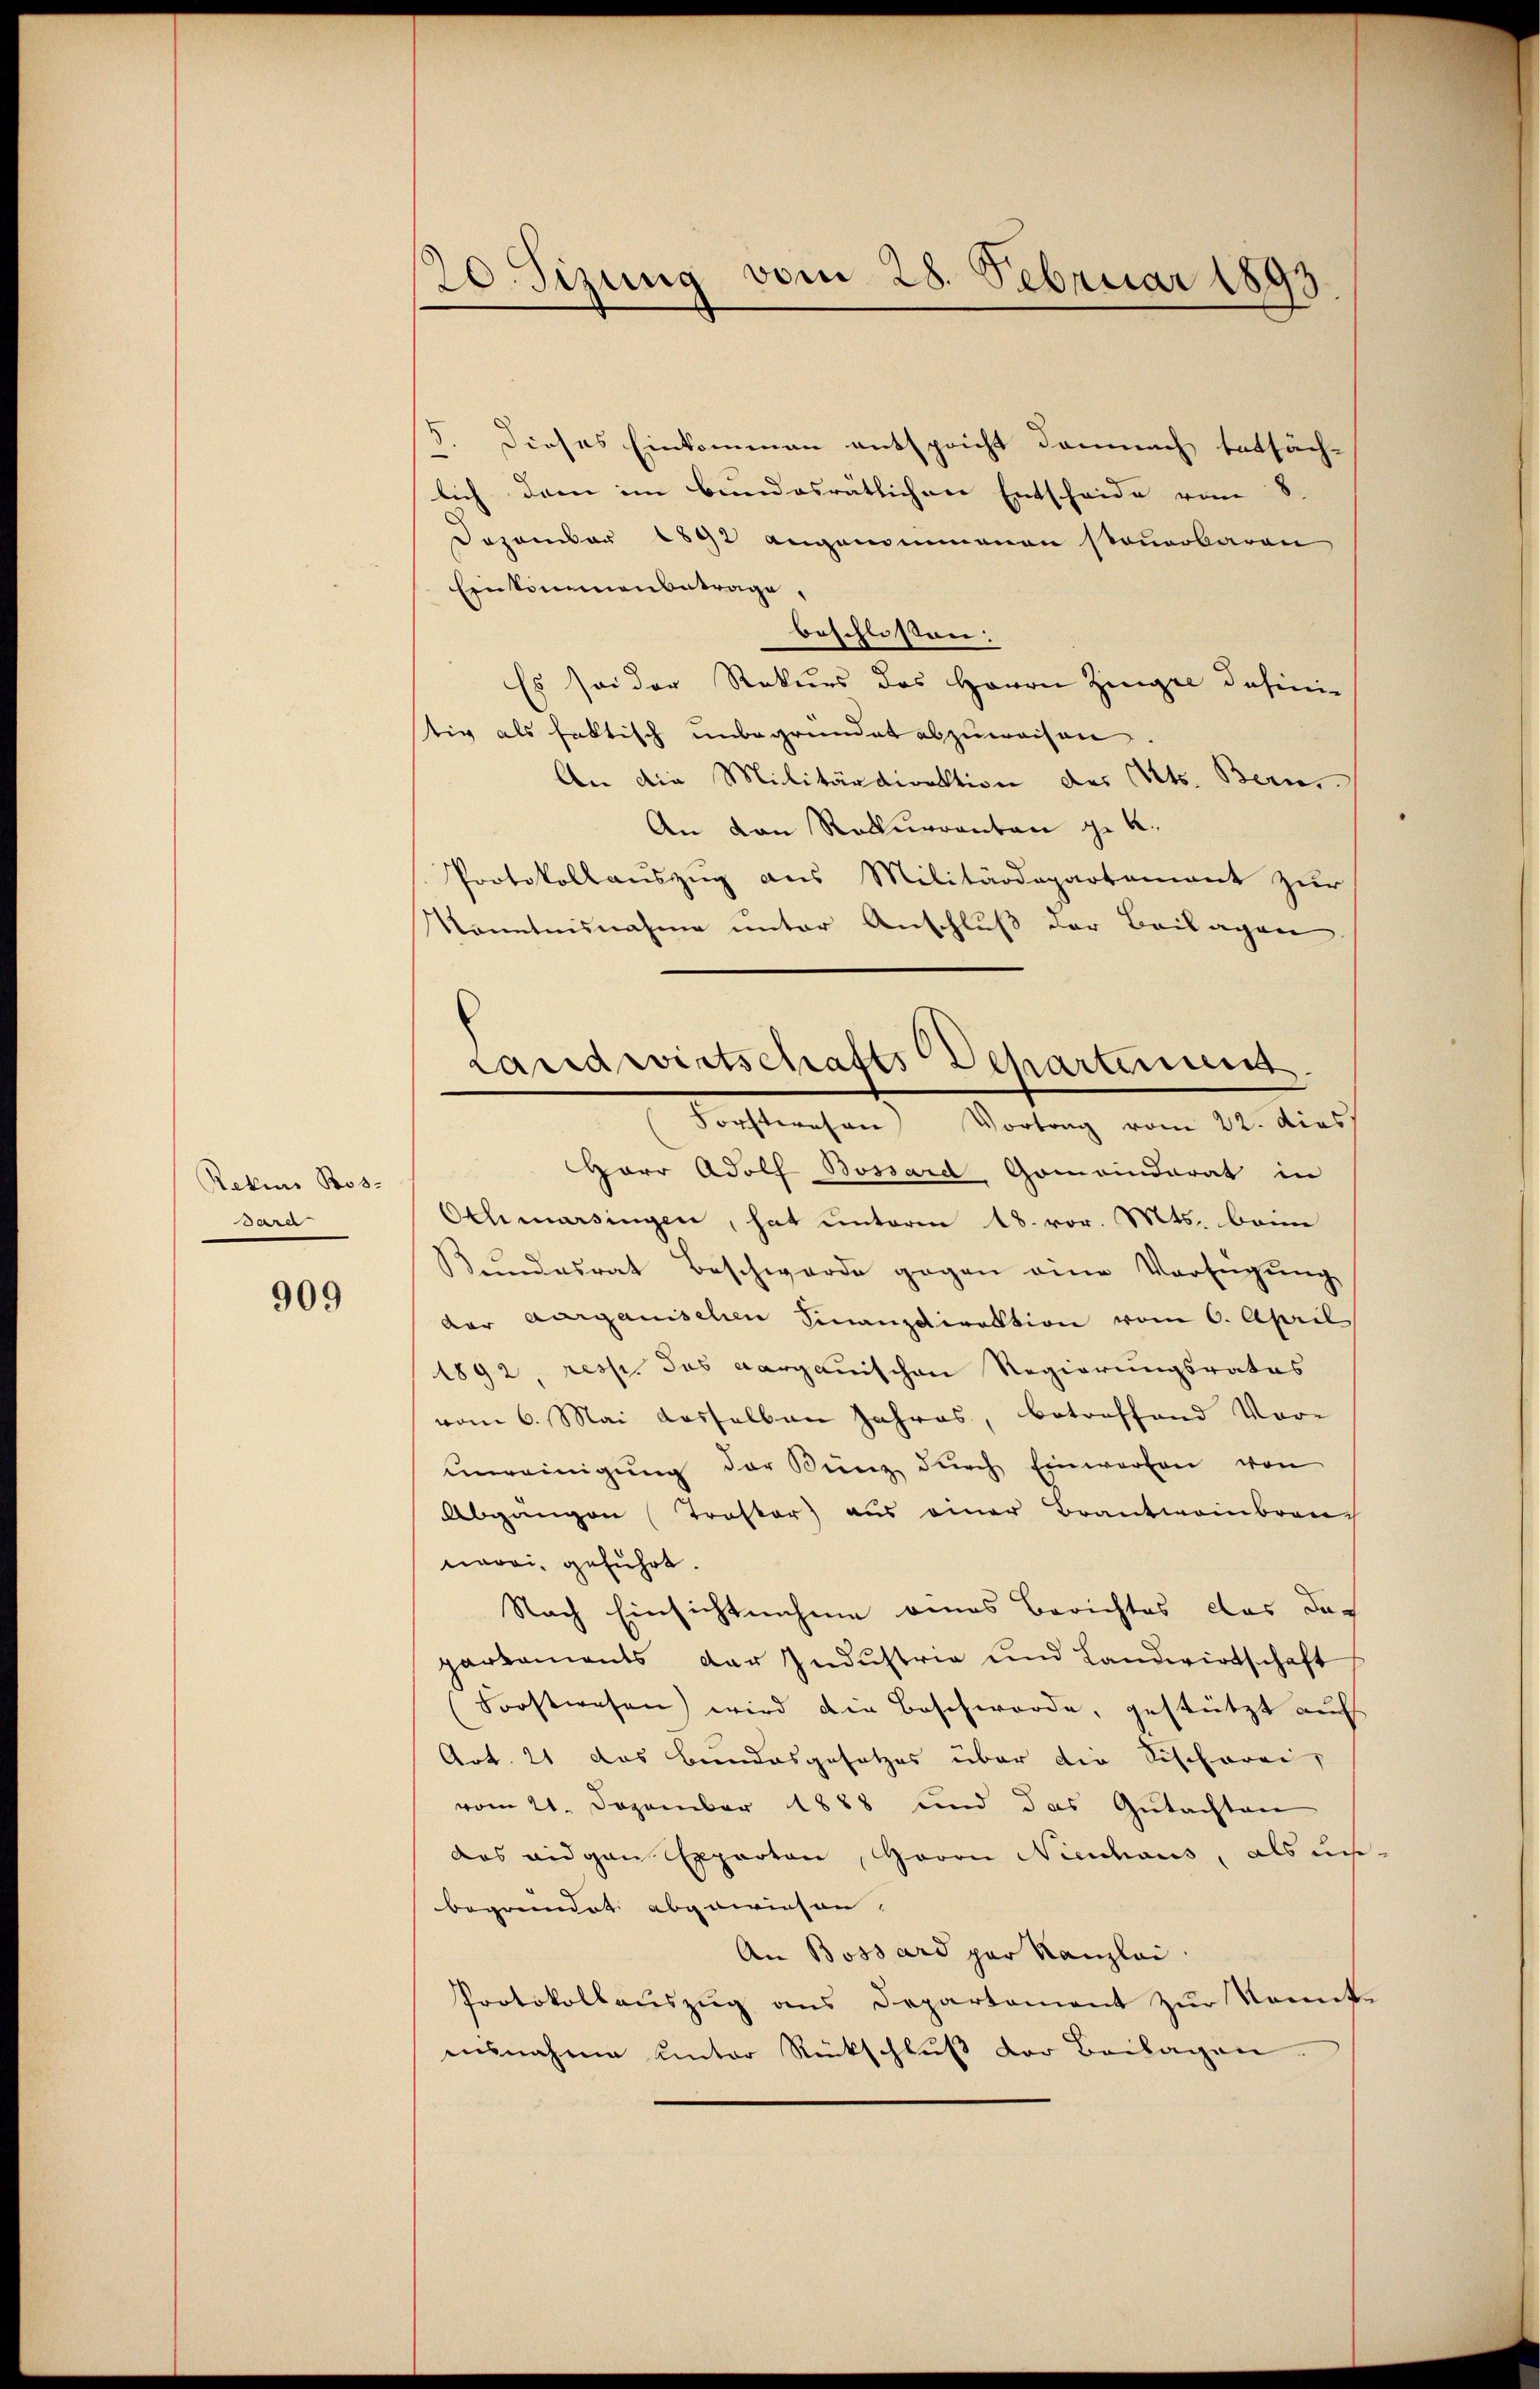
Rekurs Bos-
Sard

909

20. Sizung vom 28. Februar 1893
d

5. Dieses Einkommen entspricht demnach tatsäch-
lich dem im bundesrätlichen Entscheide vom 8.
Dezember 1892 angenommenen steuerbaren
Einkommenbetrage,
beschlossen:
Es sei der Rekurs des Herrn Zinger definitiv als faktisch unbegründet abzuweisen
An die Militärdirektion des Kts. Bern.
An von Rekurrenten ge k.
Protokollauszug aus Militärdepartement zur
Kenntnisnahme unter Anschluß der Beilagen
Forstwesen Vortrag vom 22. dies
Harr Adolf Bossard Gomainderat in
Othmarsingen, hat unterm 18. vor. Mts. beim
Kŭndesrat Beschwerde gegen eine Verfügŭng
der aargauischen Finanzdirektion vom 6. April
1892, resp. das aargauischen Regierungsrates
vom 6. Mai dasselben Jahres, betreffend Vore
unreinigung der Kunz durch Einwerfen von
Abgangen (Trastor) aus einer Brantweinbrauch
nerei, geführt.
Nach Einsichtnahme eines Berichtes das dach
parkaments der Industria und Landwirtschaft
Forstwesen wird die Beschwerde, gestützt auf
Art. 21 das Bundesgesetzes über die Sischerei,
vom 21. Dezember 1888 und das Gutachten
das eidgen Experton, Herrn Nienhaus, als un-
begründet abgewiesen.
An Bossard par Kanzlei.
Protokollaŭszŭg ans Departament zŭr Komite
ausnahme unter Rückschluß der Beilagen.

Landwirtschafts Departinien.